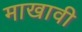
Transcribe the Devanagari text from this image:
माखावी